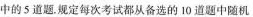
的5道题。规定每次考试都从备选的10道题中随机